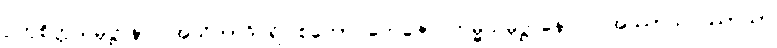
ဥတုစိတ္တသမုဋ္ဌာနာ။ အသိတာဒိပရိပါစကော တေဇော ကမ္မသမုဋ္ဌာနောဝ။ အဿာသပဿာသာ